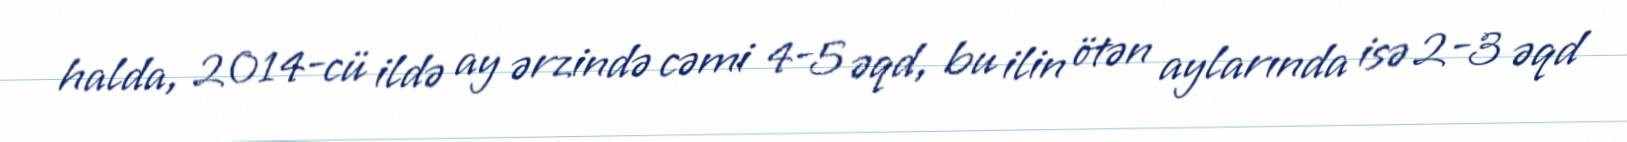
halda, 2014-cü ildə ay ərzində cəmi 4-5 əqd, bu ilin ötən aylarında isə 2-3 əqd